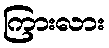
ကြားလား